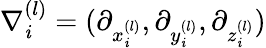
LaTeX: \nabla_{\mathit{i}}^{(l)}=(\partial_{x_{\mathit{i}}^{(l)}},\partial_{y_{\mathit{i}}^{(l)}},\partial_{z_{\mathit{i}}^{(l)}})